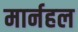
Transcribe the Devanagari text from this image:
मार्नहल